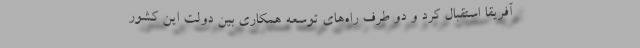
آفریقا استقبال کرد و دو طرف راه‌های توسعه همکاری بین دولت این کشور